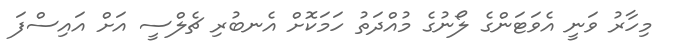
މިހާރު ވަނީ އެވަޓަންގެ ލޯނުގެ މުއްދަތު ހަމަކޮށް އެނބުރި ޗެލްސީ އަށް އައިސްފަ